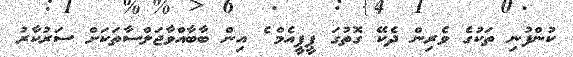
ކުންފުނި ތަކުގެ ވެރިން ދެކޭ ގޮތުގަ ޕީޕީއެމް ެެެެެެެެެެެެެެެެެ އިން ބާބާއްވާޖަލްސާތަކަށް ސަރުކާރު